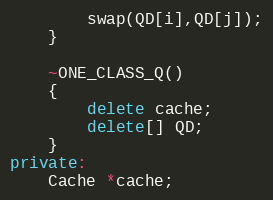
Language: C++
		swap(QD[i],QD[j]);
	}

	~ONE_CLASS_Q()
	{
		delete cache;
		delete[] QD;
	}
private:
	Cache *cache;